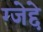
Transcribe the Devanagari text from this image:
ग्जेद्दे